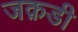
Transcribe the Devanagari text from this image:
जक़डी